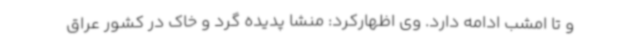
و تا امشب ادامه دارد. وی اظهارکرد: منشا پدیده گرد و خاک در کشور عراق